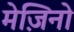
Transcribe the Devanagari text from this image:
मेज़िनो